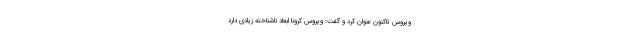
ویروس تاکنون عنوان کرد و گفت: ویروس کرونا ابعاد ناشناخته زیادی دارد